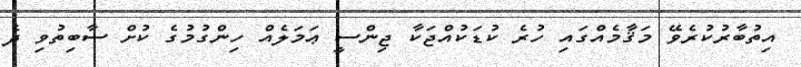
އިތުބާރުކުރެވޭ މަޤާމެއްގައި ހުރެ ކުޑަކުއްޖަކާ ޖިންސީ ޢަމަލެއް ހިންގުމުގެ ކުށް ސާބިތުވި ދެ